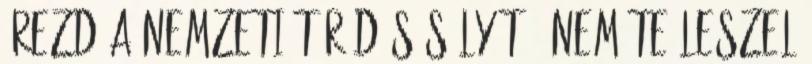
érezd a nemzeti törődés súlyát - nem te leszel